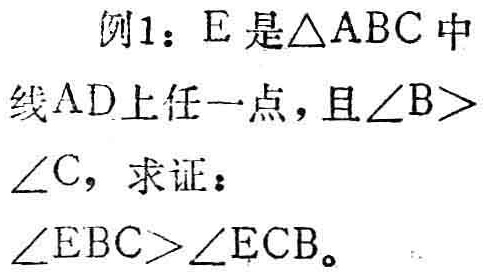
例1：E是\(\triangle ABC\)中线AD上任一点，且\(\angle B>\angle C\)，求证：\(\angle EBC>\angle ECB\)。